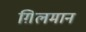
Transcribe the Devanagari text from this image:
ग़िलमान